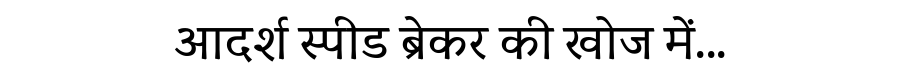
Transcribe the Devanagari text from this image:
आदर्श स्पीड ब्रेकर की खोज में...